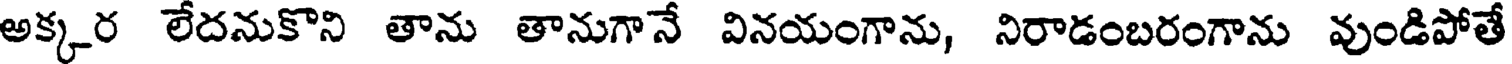
అక్కర లేదనుకొని తాను తానుగానే వినయంగాను, నిరాడంబరంగాను వుండిపోతే